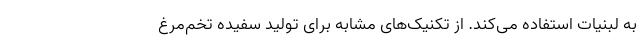
به لبنیات استفاده می‌کند. ‌از تکنیک‌های مشابه برای تولید سفیده تخم‌مرغ